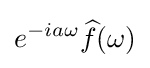
e^{-ia\omega }{\widehat {f}}(\omega )